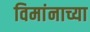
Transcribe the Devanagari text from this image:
विमांनाच्या